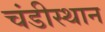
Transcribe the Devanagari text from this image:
चंडीस्थान